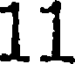
11